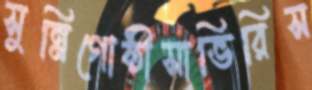
সুন্নিগোষ্ঠীসাভিরিস